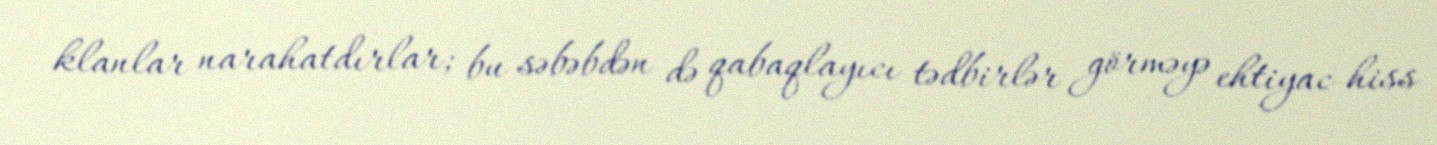
klanlar narahatdırlar; bu səbəbdən də qabaqlayıcı tədbirlər görməyə ehtiyac hiss